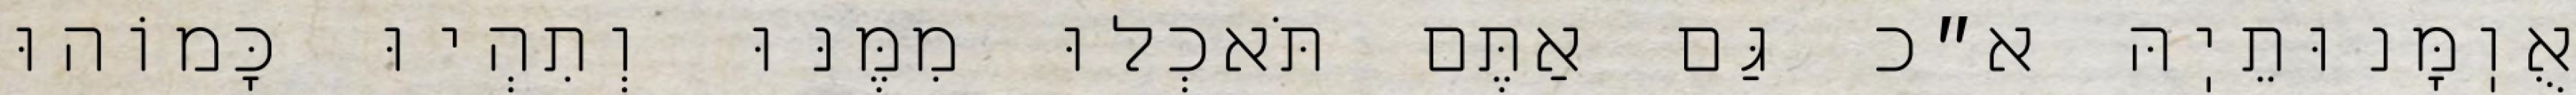
אֻוֽמָּנוּתֵיֽהּ א״כ גַּם אַתֶּם תֹּאכְלוּ מִמֶּנּוּ וְתִהְיוּ כָּמוֹהוּ